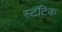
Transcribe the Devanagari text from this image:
स्टॅटिक